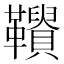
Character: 𩍾